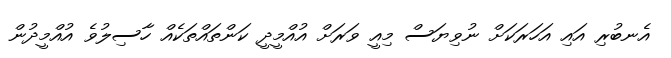
އެނބުރި އައި އަހަރަކަށް ނުވިޔަސް މިއީ ވަރަށް އުއްމީދީ ކަންތައްތަކެއް ހާސިލުވެ އުއްމީދުން